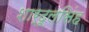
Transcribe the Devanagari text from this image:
शार्दूलसिंह